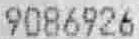
9086926